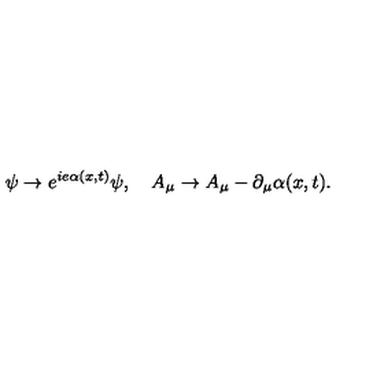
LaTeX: \psi \rightarrow e ^ { i e \alpha ( x , t ) } \psi , \quad A _ { \mu } \rightarrow A _ { \mu } - \partial _ { \mu } \alpha ( x , t ) .